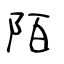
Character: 陌